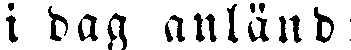
i dag anländ